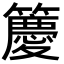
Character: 𮆯